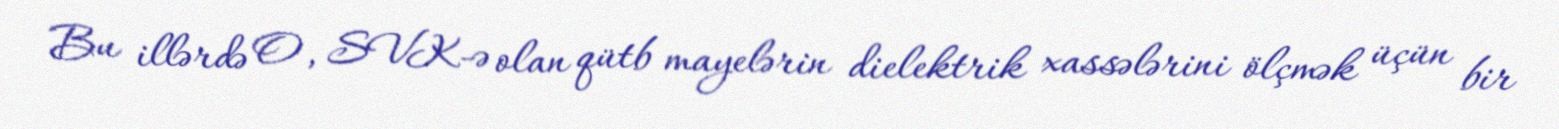
Bu illərdə O, SVK-ə olan qütb mayelərin dielektrik xassələrini ölçmək üçün bir